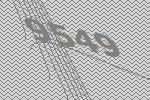
9549